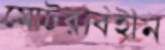
মোটরবিহীন